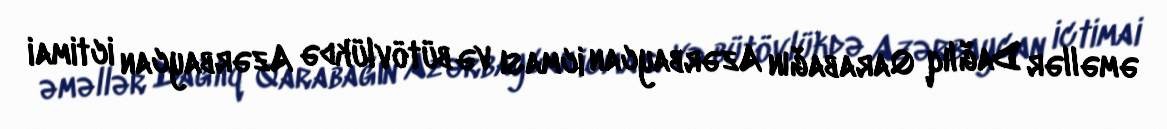
əməllər Dağlıq Qarabağın Azərbaycan icması və bütövlükdə Azərbaycan ictimai